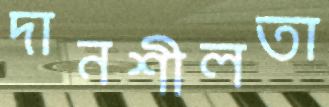
দানশীলতা